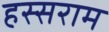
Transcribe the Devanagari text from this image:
हस्सराम